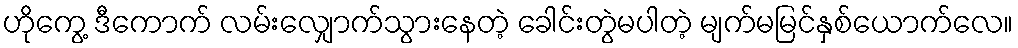
ဟိုကွေ့ ဒီကောက် လမ်းလျှောက်သွားနေတဲ့ ခေါင်းတွဲမပါတဲ့ မျက်မမြင်နှစ်ယောက်လေ။